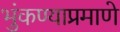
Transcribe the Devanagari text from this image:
भुंकण्याप्रमाणे